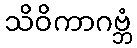
သိဝိကာဂဗ္ဘံ